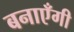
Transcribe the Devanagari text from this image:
बनाएँगी